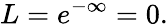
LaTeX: L={e}^{-\infty}=0.